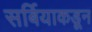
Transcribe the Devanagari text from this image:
सर्बियाकडून